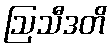
ဩသီဒတိ